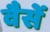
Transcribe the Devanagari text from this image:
वैसें